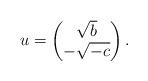
LaTeX: \begin{align*}u=\begin{pmatrix}\sqrt b\\-\sqrt{-c}\end{pmatrix}.\end{align*}